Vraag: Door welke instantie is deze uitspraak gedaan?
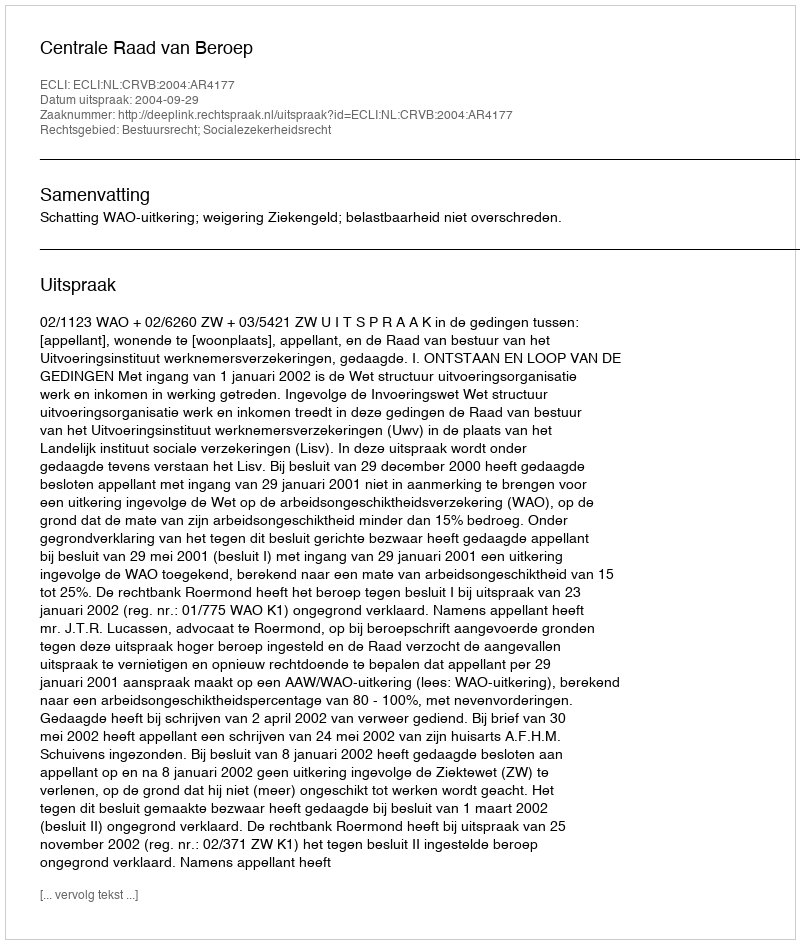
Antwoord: Centrale Raad van Beroep